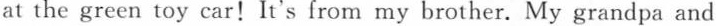
at the green toy car!It's from my brother. My grandpa and